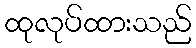
ထုလုပ်ထားသည်